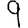
Digit: 9